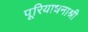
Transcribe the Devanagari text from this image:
पूरियाधनाश्री